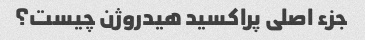
جزء اصلی پراکسید هیدروژن چیست؟